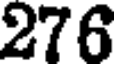
276